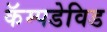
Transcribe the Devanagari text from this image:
कॅम्पडेविड